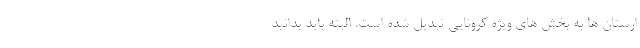
ارستان ها به بخش های ویژه کرونایی تبدیل شده است. البته باید بدانید